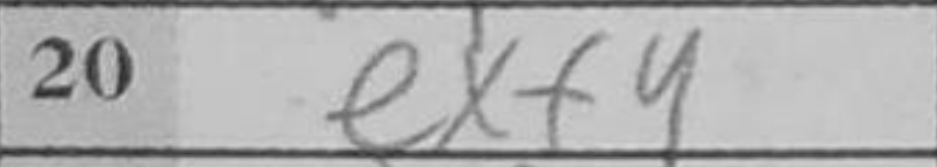
Transcription: exf4